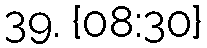
39. {08:30}